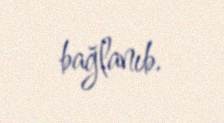
bağlanıb.